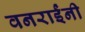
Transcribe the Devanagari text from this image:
वनराईंनी